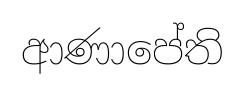
ආණාපේති